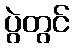
ပွဲတွင်